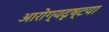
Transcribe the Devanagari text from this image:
आरोग्यदृष्टया